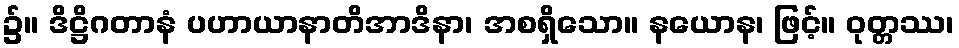
၌။ ဒိဋ္ဌိဂတာနံ ပဟာယာနာတိအာဒိနာ၊ အစရှိသော။ နယောန၊ ဖြင့်။ ဝုတ္တဿ၊